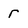
Character: r